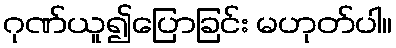
ဂုဏ်ယူ၍ပြောခြင်း မဟုတ်ပါ။